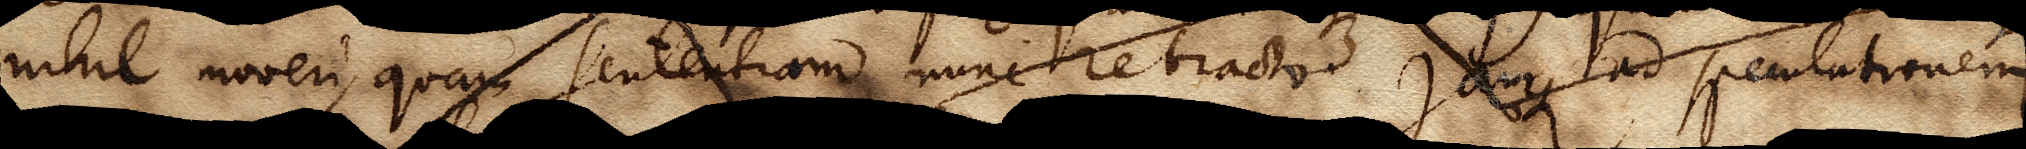
nihil moveri, quam sententiam nunc retracto jamque ad speculationem